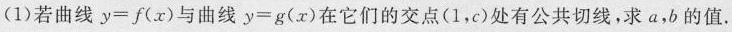
(1)若曲线$$y = f ( x )$$与曲线$$y = g ( x )$$在它们的交点(1，c)处有公共切线，求a，b的值.